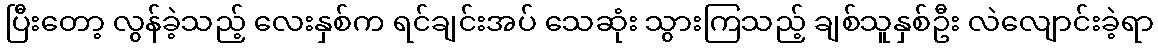
ပြီးတော့ လွန်ခဲ့သည့် လေးနှစ်က ရင်ချင်းအပ် သေဆုံး သွားကြသည့် ချစ်သူနှစ်ဦး လဲလျောင်းခဲ့ရာ